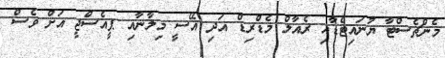
މެންޗެސްޓާ ޔުނައިޓެޑާއި ރެއާލް މެޑްރިޑް އަދި އޭސީ މިލާނާއި ޕީއެސްޖީ އަށް ވެސް